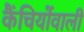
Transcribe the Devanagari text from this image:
कैंचियोंवाली